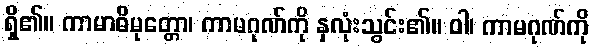
ရှိ၏။ ကာမာဓိမုတ္တော၊ ကာမဂုဏ်ကို နှလုံးသွင်း၏။ ဝါ၊ ကာမဂုဏ်ကို